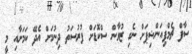
ސާފް ޗެމްޕިއަންޝިޕަށް ނެގި ޒުވާން ސްކޮޑަށް ފުރުސަތު ދިނުމަށް އެދޭ ކަމަށާއި މީ